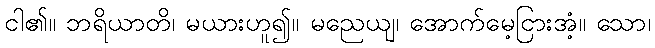
ငါ၏။ ဘရိယာတိ၊ မယားဟူ၍။ မညေယျ၊ အောက်မေ့ငြားအံ့။ သော၊